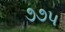
૭૭૫